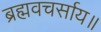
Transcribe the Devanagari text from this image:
ब्रह्मवचर्साय॥